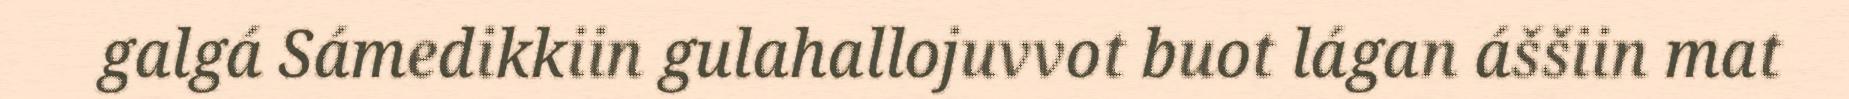
galgá Sámedikkiin gulahallojuvvot buot lágan áššiin mat